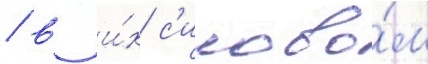
/ в и́х с'илово́м